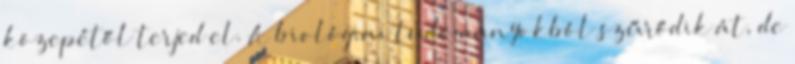
közepétől terjed el. A biológiai tudományokból szűrődik át, de